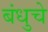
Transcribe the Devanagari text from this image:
बंधुचे